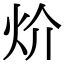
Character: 炌